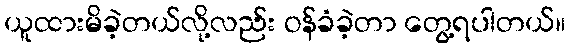
ယူထားမိခဲ့တယ်လို့လည်း ဝန်ခံခဲ့တာ တွေ့ရပါတယ်။